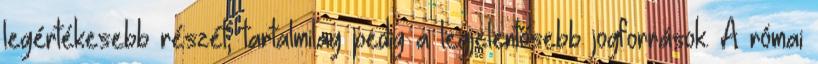
legértékesebb részét, tartalmilag pedig a legjelentősebb jogforrások. A római